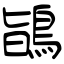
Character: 鴲